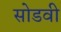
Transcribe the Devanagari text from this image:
सोडवी